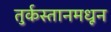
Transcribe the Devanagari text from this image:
तुर्कस्तानमधून